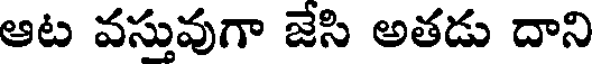
ఆట వస్తువుగా జేసి అతడు దాని